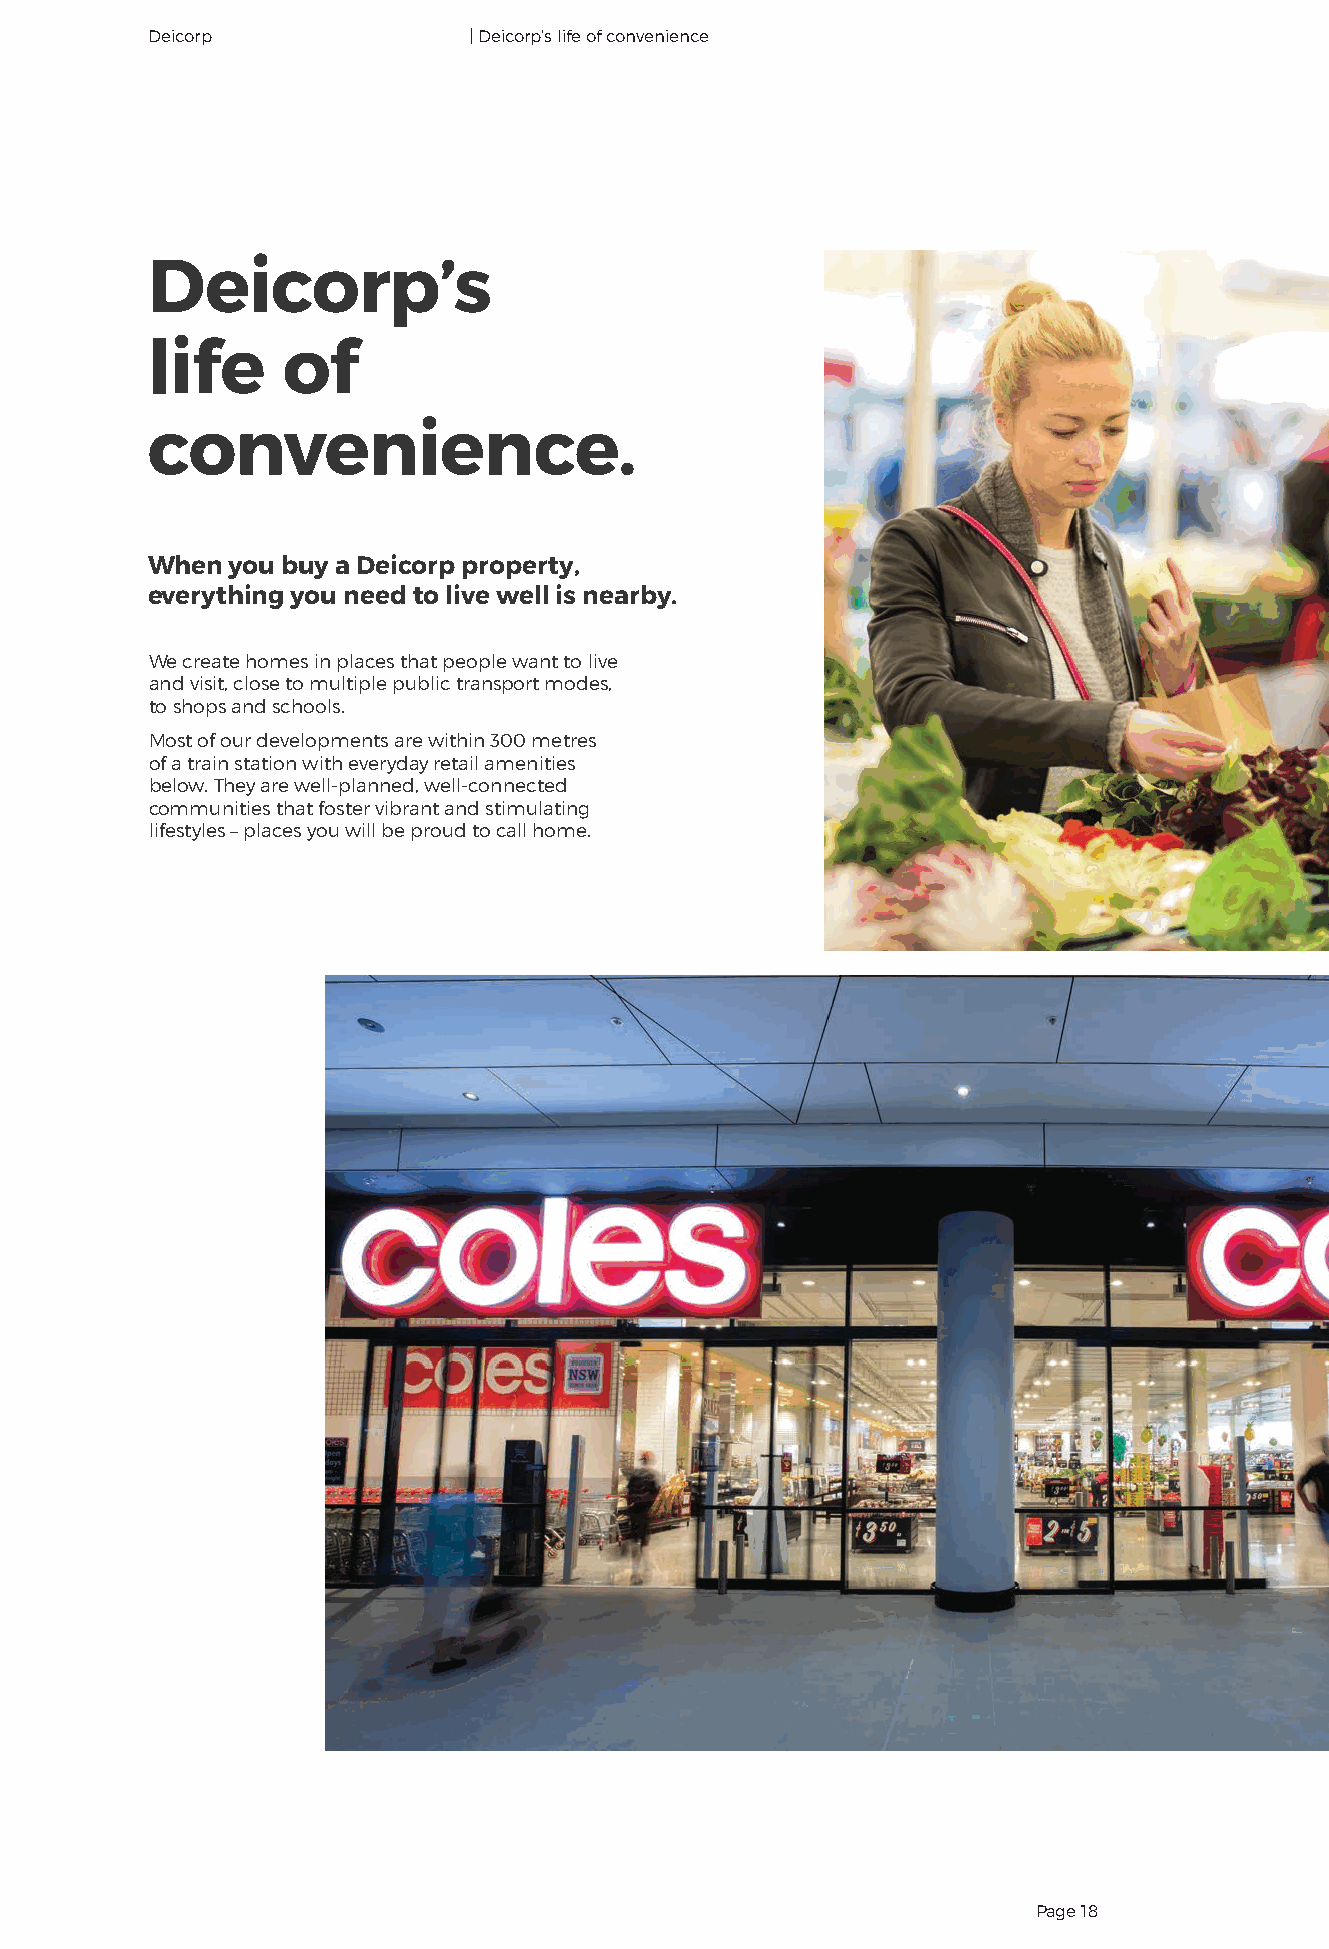
Deicorp              | Deicorp’s life of convenience
 Deicorp’s
 life     of
 convenience.
 When you buy a Deicorp property,
 everything you need to live well is nearby.
 We create homes in places that people want to live
 and visit, close to multiple public transport modes,
 to shops and schools.
 Most of our developments are within 300 metres
 of a train station with everyday retail amenities
 below. They are well-planned, well-connected
 communities that foster vibrant and stimulating
 lifestyles – places you will be proud to call home.
 Page 18